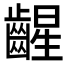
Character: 𫠛